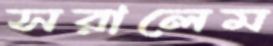
সরালেম